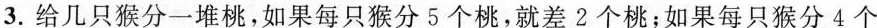
3.给几只猴分一堆桃，如果每只猴分5个桃，就差2个桃；如果每只猴分4个